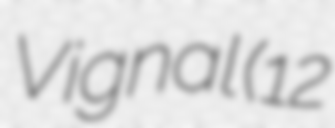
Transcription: Vignal (12